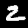
Label: 2